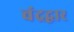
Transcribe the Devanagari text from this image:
चंद्रद्वार